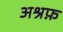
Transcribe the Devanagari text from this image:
अश्रफ़